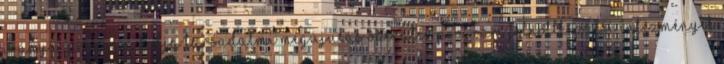
iránya: Program kódja Társadalmi Megújulás Operatív Program Felnőttképzési intézmények